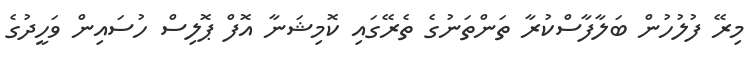
މިރޭ ފުލުހުން ބަލާފާސްކުރާ ތަންތަނުގެ ތެރޭގައި ކޮމިޝަނާ އޮފް ޕޮލިސް ހުސައިން ވަހީދުގެ